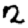
Digit: 2